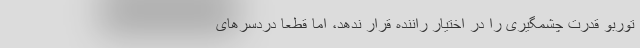
توربو قدرت چشمگیری را در اختیار راننده قرار ندهد، اما قطعاً دردسرهای